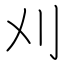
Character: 刈